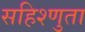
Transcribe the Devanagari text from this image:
सहिश्णुता